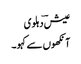
عیش ؔدہلوی
آنکھوں سے کہو ۔